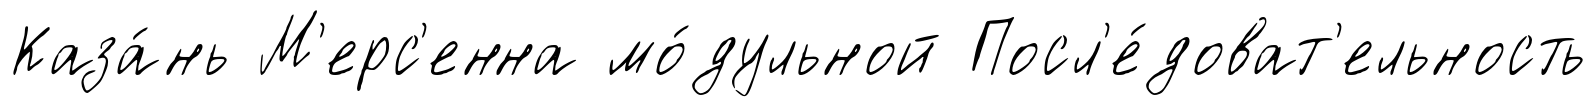
Каза́нь М'ерс'енна мо́дульной Посл'е́доват'ельность